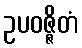
ဥပဝဇ္ဇိတံ